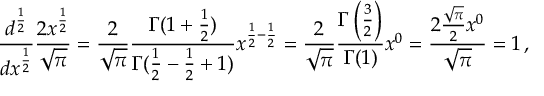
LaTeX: { \frac { d ^ { \frac { 1 } { 2 } } } { d x ^ { \frac { 1 } { 2 } } } } { \frac { 2 x ^ { \frac { 1 } { 2 } } } { \sqrt { \pi } } } = { \frac { 2 } { \sqrt { \pi } } } { \frac { \Gamma ( 1 + { \frac { 1 } { 2 } } ) } { \Gamma ( { \frac { 1 } { 2 } } - { \frac { 1 } { 2 } } + 1 ) } } x ^ { { \frac { 1 } { 2 } } - { \frac { 1 } { 2 } } } = { \frac { 2 } { \sqrt { \pi } } } { \frac { \Gamma \left( { \frac { 3 } { 2 } } \right) } { \Gamma ( 1 ) } } x ^ { 0 } = { \frac { 2 { \frac { \sqrt { \pi } } { 2 } } x ^ { 0 } } { \sqrt { \pi } } } = 1 \, ,